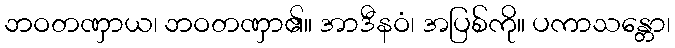
ဘဝတဏှာယ၊ ဘဝတဏှာ၏။ အာဒီနဝံ၊ အပြစ်ကို။ ပကာသန္တော၊